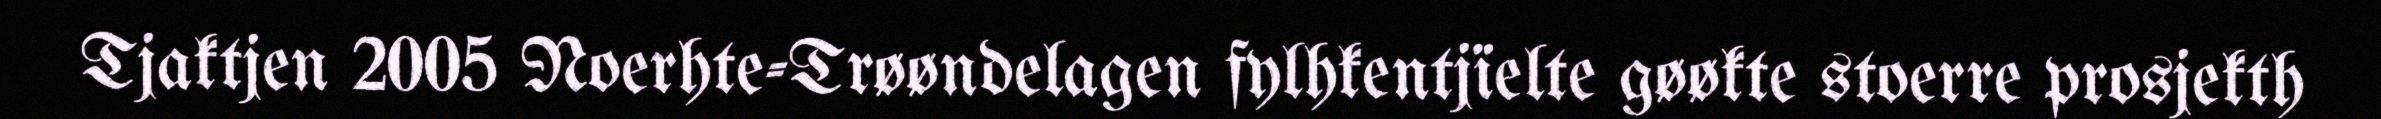
Tjaktjen 2005 Noerhte-Trøøndelagen fylhkentjïelte gøøkte stoerre prosjekth